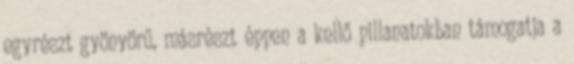
egyrészt gyönyörű, másrészt éppen a kellő pillanatokban támogatja a